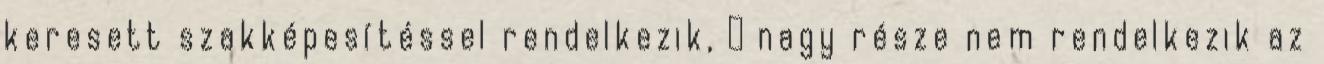
keresett szakképesítéssel rendelkezik,  nagy része nem rendelkezik az